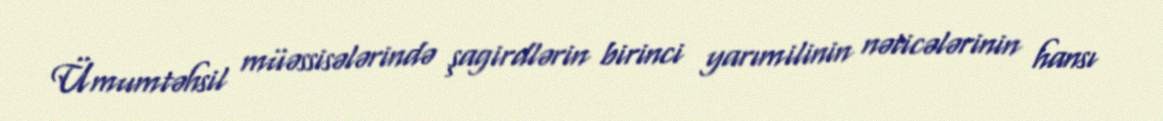
Ümumtəhsil müəssisələrində şagirdlərin birinci yarımilinin nəticələrinin hansı